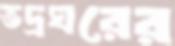
ভদ্রঘরের